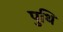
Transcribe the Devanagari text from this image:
पुथि